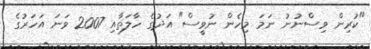
"ކުރިން ވިސްނުނު ނަމަ މިހެން ނުވީސް" އަދުގެ ހާލަތާއި 2007 ވަނަ އަހަރުގެ